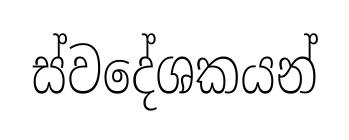
ස්වදේශකයන්